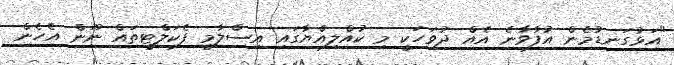
"އަޅުގަނޑުމެން އުފާވާނެ އެއް ދުވަހަކީ މި ކުއްލިއްޔާގައި އިސްލާމީ ފެކަލްޓީތައް ނޫން އެހެން